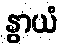
နွာယံ